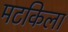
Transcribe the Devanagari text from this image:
मटकिला